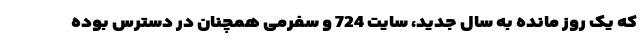
که یک روز مانده به سال جدید، سایت 724 و سفرمی همچنان در دسترس بوده